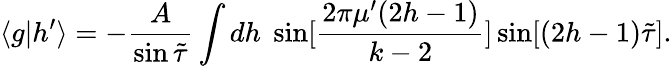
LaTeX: \langle g|h^{\prime}\rangle=-\frac{A}{\sin{\tilde{\tau}}}\int dh\; \sin[\frac{2\pi\mu^{\prime}(2h-1)}{k-2}]\sin[(2h-1){\tilde{\tau}}].